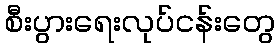
စီးပွားရေးလုပ်ငန်းတွေ